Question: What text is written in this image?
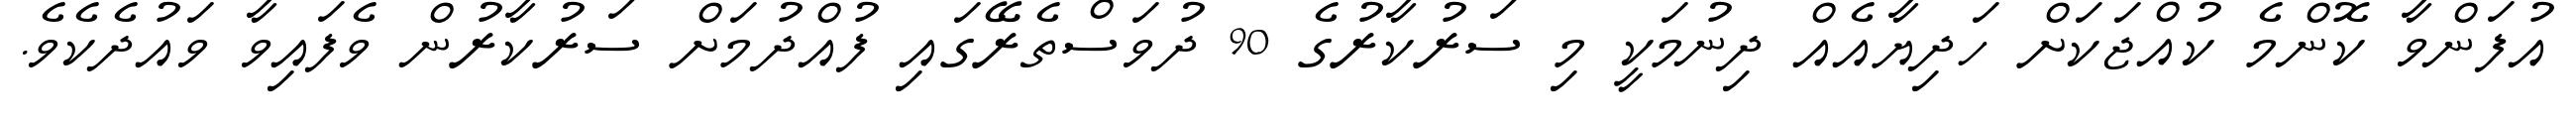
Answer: އުފަންވާ ކޮންމެ ކުއްޖަކަށް ހަދިޔާއެއް ދިނުމަކީ މި ސަރުކާރުގެ 90 ދުވަސްތެރޭގައި ފުއްދުމަށް ސަރުކާރުން ވެފައިވާ ވައުދެކެވެ.